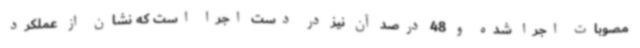
مصوبات اجرا شده و 48 درصد آن نیز در دست اجرا است که نشان از عملکرد